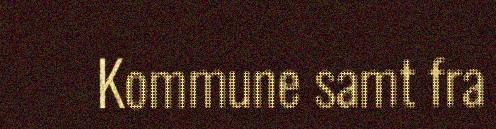
Kommune samt fra